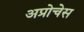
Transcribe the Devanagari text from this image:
अप्रोचेस